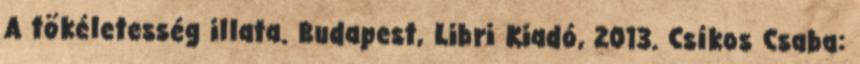
A tökéletesség illata. Budapest, Libri Kiadó, 2013. Csíkos Csaba: